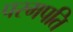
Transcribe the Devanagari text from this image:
परमपति